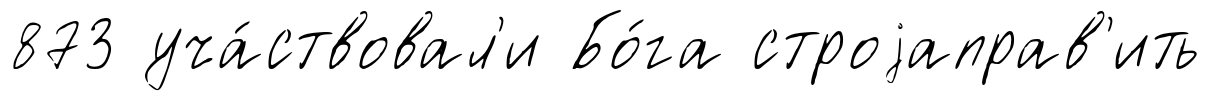
873 уча́ствовал'и Бо́га строjаправ'ить